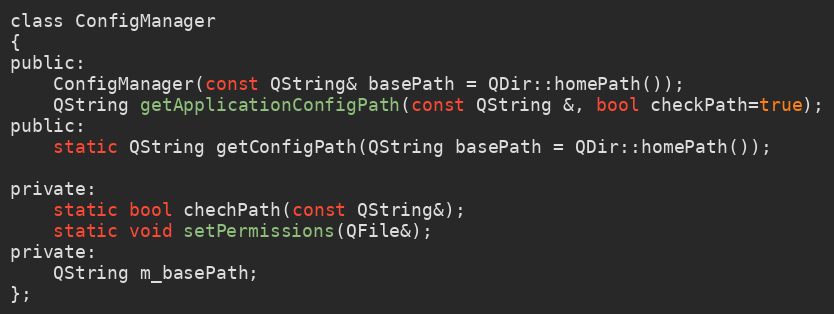
Language: C
class ConfigManager
{
public:
    ConfigManager(const QString& basePath = QDir::homePath());
    QString getApplicationConfigPath(const QString &, bool checkPath=true);
public:
    static QString getConfigPath(QString basePath = QDir::homePath());

private:
    static bool chechPath(const QString&);
    static void setPermissions(QFile&);
private:
    QString m_basePath;
};